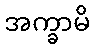
အက္ခာမိ